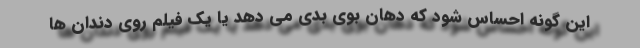
این گونه احساس شود که دهان بوی بدی می دهد یا یک فیلم روی دندان ها